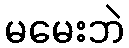
မမေးဘဲ